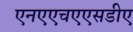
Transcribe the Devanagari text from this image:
एनएएचएएसडीए